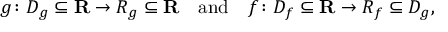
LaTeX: \quad g \colon D _ { g } \subseteq \mathbf { R } \rightarrow R _ { g } \subseteq \mathbf { R } \quad { \mathrm { a n d } } \quad f \colon D _ { f } \subseteq \mathbf { R } \rightarrow R _ { f } \subseteq D _ { g } ,